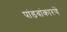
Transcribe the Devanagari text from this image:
पांडवांकारणें